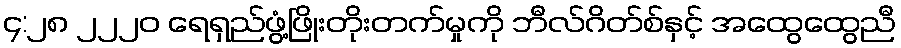
၄:၂၈ ၂၂၂၀ ရေရှည်ဖွံ့ဖြိုးတိုးတက်မှုကို ဘီလ်ဂိတ်စ်နှင့် အထွေထွေညီ